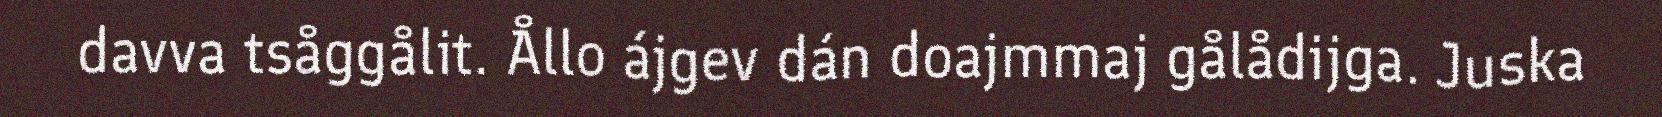
davva tsåggålit. Ållo ájgev dán doajmmaj gålådijga. Juska